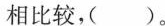
相比较，（）。